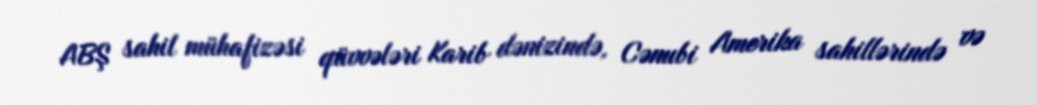
ABŞ sahil mühafizəsi qüvvələri Karib dənizində, Cənubi Amerika sahillərində və